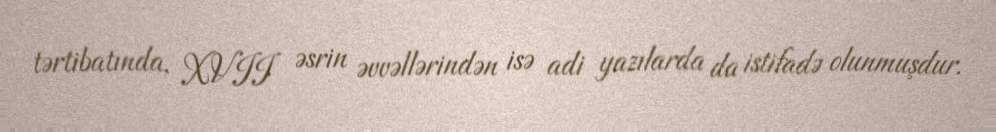
tərtibatında, XVII əsrin əvvəllərindən isə adi yazılarda da istifadə olunmuşdur.